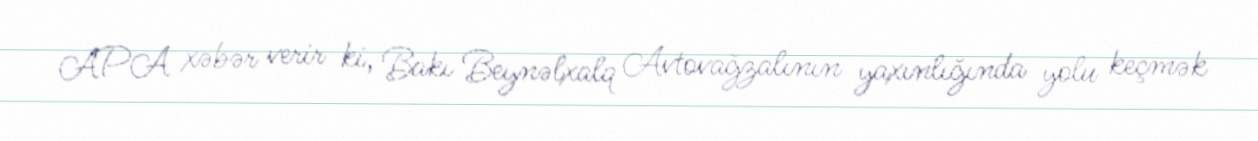
APA xəbər verir ki, Bakı Beynəlxalq Avtovağzalının yaxınlığında yolu keçmək